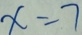
x = 7